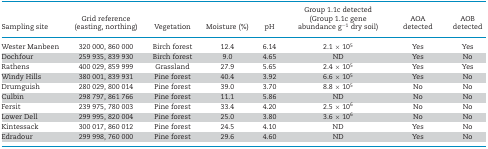
| Sampling site | Grid reference (easting, northing) | Vegetation | Moisture (%) | pH | Group 1.1c detected (Group 1.1c gene abundance g−1 dry soil) | AOA detected | AOB detected |
 | --- | --- | --- | --- | --- | --- | --- | --- |
 | Wester Manbeen | 320 000, 860 000 | Birch forest | 12.4 | 6.14 | 2.1 × 105 | Yes | Yes |
 | Dochfour | 259 935, 839 930 | Birch forest | 9.0 | 4.65 | ND | Yes | No |
 | Rathens | 400 029, 859 999 | Grassland | 27.9 | 5.65 | 2.4 × 105 | Yes | Yes |
 | Windy Hills | 380 001, 839 931 | Pine forest | 40.4 | 3.92 | 6.6 × 105 | Yes | No |
 | Drumguish | 280 029, 800 014 | Pine forest | 39.0 | 3.70 | 8.8 × 105 | No | No |
 | Culbin | 298 797, 861 766 | Pine forest | 11.1 | 5.86 | ND | No | No |
 | Fersit | 239 975, 780 003 | Pine forest | 33.4 | 4.20 | 2.5 × 106 | No | No |
 | Lower Dell | 299 995, 820 004 | Pine forest | 25.0 | 3.80 | 3.6 × 106 | No | No |
 | Kintessack | 300 017, 860 012 | Pine forest | 24.5 | 4.10 | ND | Yes | No |
 | Edradour | 299 998, 760 000 | Pine forest | 29.6 | 4.60 | ND | Yes | No |